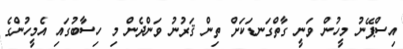
އިސްޕޭނު މީހުން ވަނީ ގާތްގަނޑަކަށް ތިން ޤަރުނު ވަންދެން މި ހިސާބުގައި އެމީހުންގެ